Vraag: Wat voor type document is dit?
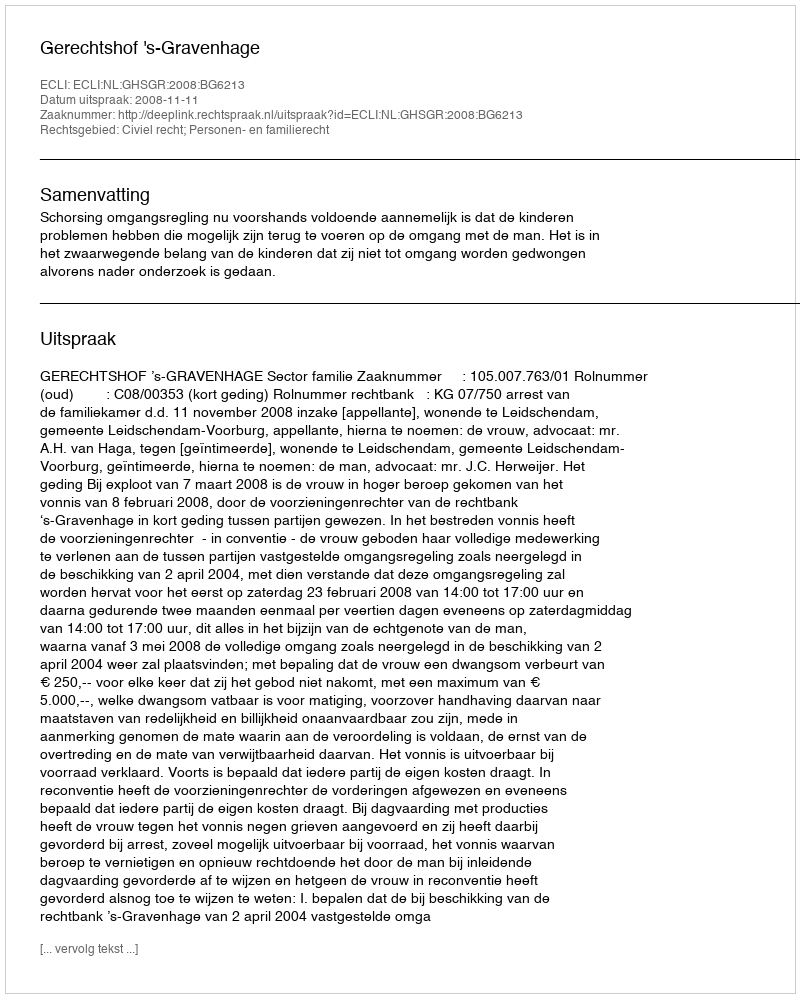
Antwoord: Uitspraak